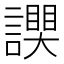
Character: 𧬮